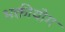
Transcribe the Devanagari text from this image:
भक्तीयोग